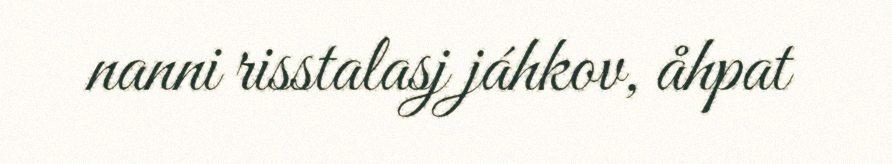
nanni risstalasj jáhkov, åhpat